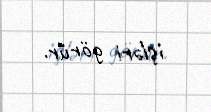
işləri görür.